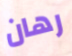
رهان